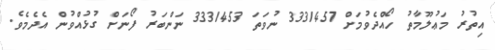
އިތުރު މަޢުލޫމާތު ހޯއްދެވުމަށް 3331457 ނުވަތަ 3331453 ނަންބަރު ފޯނަށް ގުޅުއްވުން އެދެމެވެ.